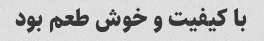
با کیفیت و خوش طعم بود